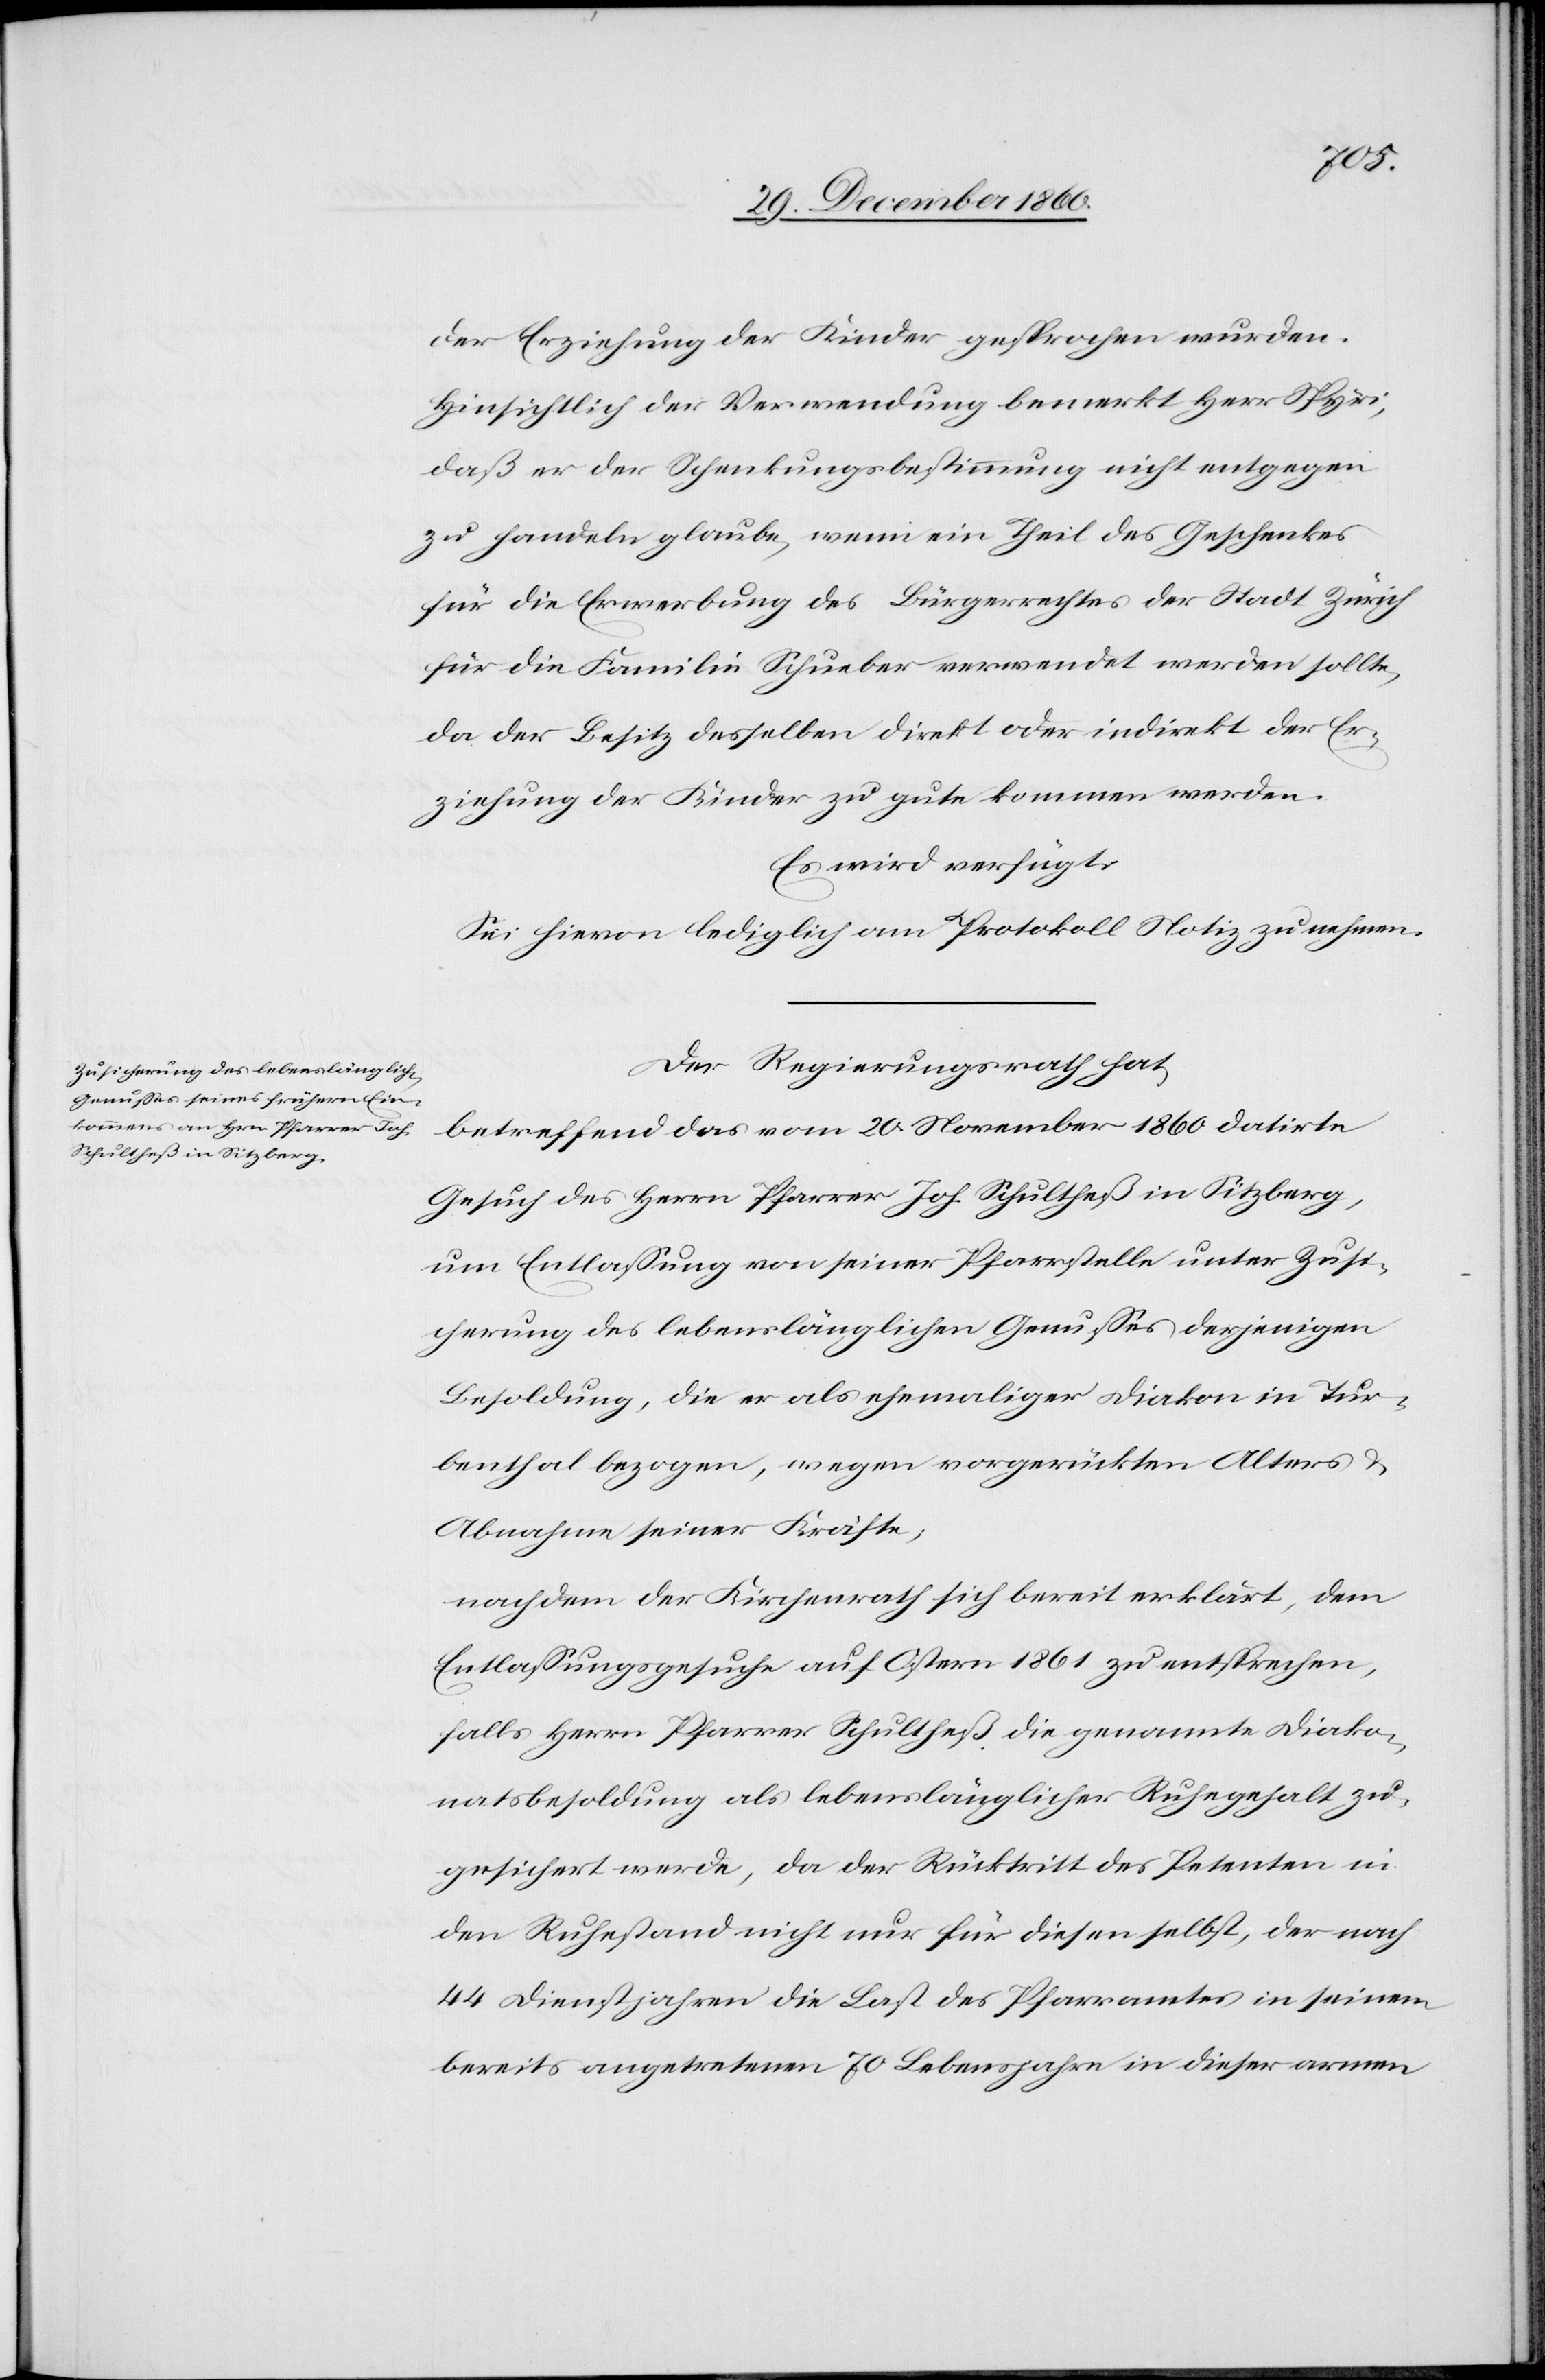
der Erziehung der Kinder gesprochen wurden.
Hinsichtlich der Verwendung bemerkt Herr Spyri,
daß er der Schenkungsbestimmung nichts entgegen
zu handeln glaube, wenn ein Theil des Geschenkes
für die Erwerbung des Bürgerrechtes der Stadt Zürich
für die Familie Schueber verwendet werden sollte,
da der Besitz derselben direkt oder indirekt der Er¬
ziehung der Kinder zu gute kommen werden.
Es wird verfügt:
Sei hievon lediglich am Protokoll Notiz zu nehmen.
Der Regierungsrath hat,
betreffend das vom 20. November 1860 datirte
Gesuch des Herrn Pfarrer Joh. Schultheß in Sitzberg,
um Entlassung von seiner Pfarrstelle unter Zusi¬
cherung des lebenslänglichen Genusses derjenigen
Besoldung, die er als ehemaliger Diakon in Tur¬
benthal bezogen, wegen vorgerückten Alters u.
Abnahme seiner Kräfte,
nachdem der Kirchenrath sich bereit erklärt, dem
Entlassungsgesuche auf Ostern 1861 zu entsprechen,
falls Herrn Pfarrer Schultheß die genannte Diako¬
natsbesoldung als lebenslänglicher Ruhegehalt zu¬
gesichert werde, da der Rücktritt des Petenten in
den Ruhestand nicht nur für diesen selbst, der nach
44 Dienstjahren die Last des Pfarramtes in seinem
bereits angetretenen 70 Lebensjahre in dieser armen